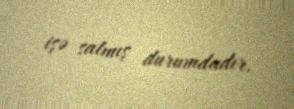
işə salmış durumdadır.